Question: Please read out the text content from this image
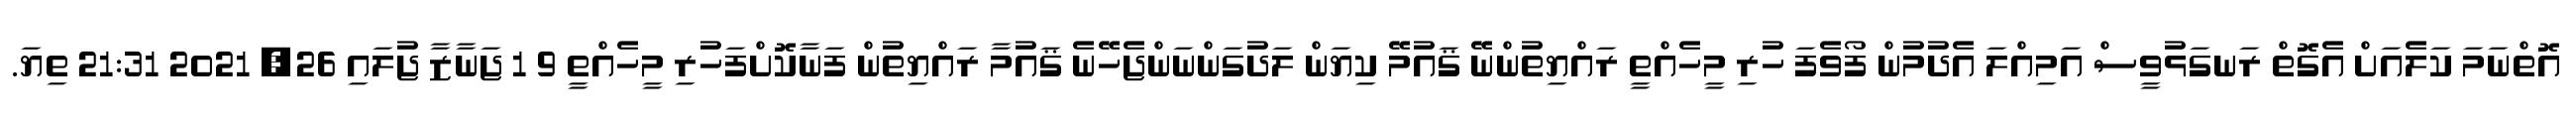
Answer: އޮތްނަމަ ކަލެއަށް އެގޮތް ރަނގަޅުވީސް އަމިއްލަ އެދުމުން ފޯވެފަ ހުރި މީހެއްތީ ރައްޔިތުންނޭ ޤައުމޭ ކިޔަން ލަދުގަންނަންޖެހޭނެ ޤައުމާ ރައްޔިތުން ފަނާކޮށްފަހުރި މީހެއްތީ 9 1 ޖަނާޒާ ޖުލައި 26, 2021 21:31 ތިޔަ.